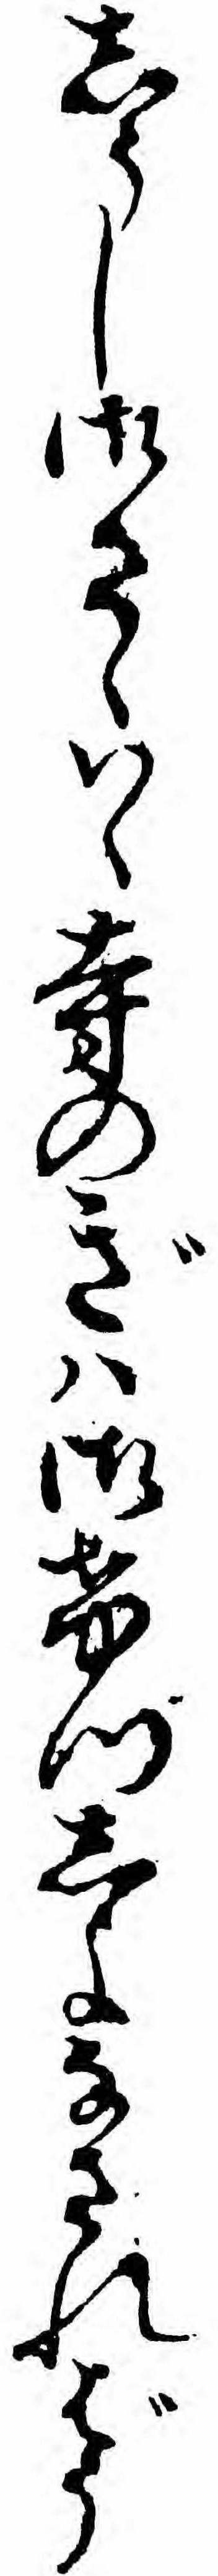
しうし御さ候ハゝ寺のぎハ御けつしよなさればう